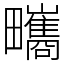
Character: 㽯